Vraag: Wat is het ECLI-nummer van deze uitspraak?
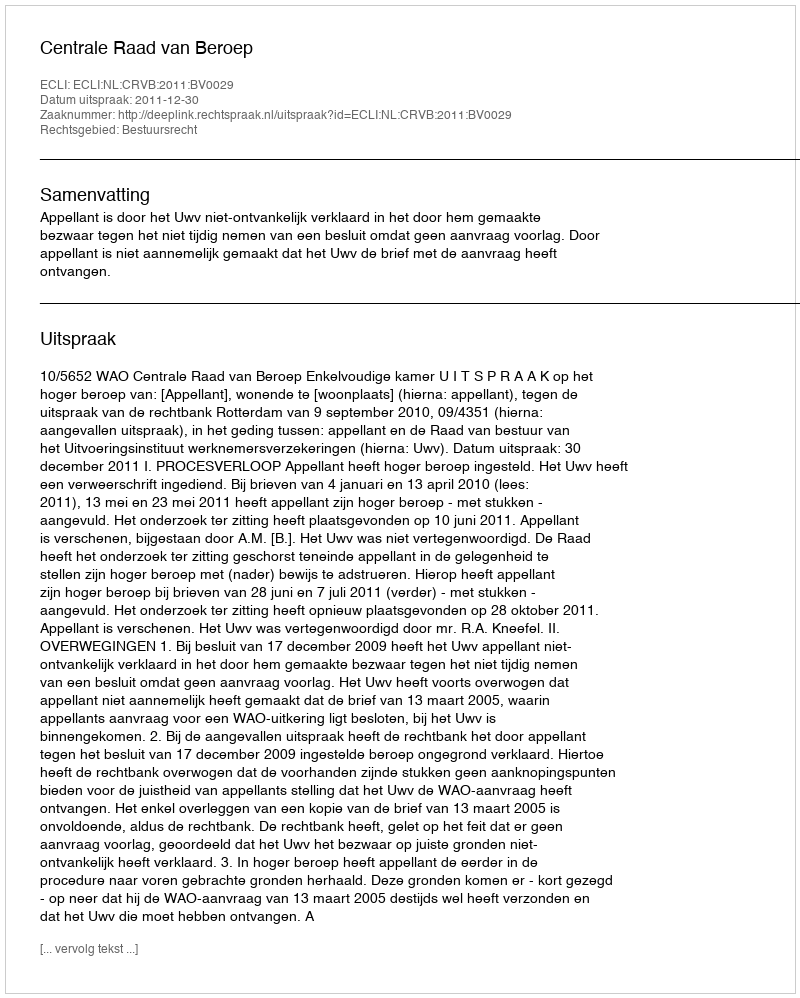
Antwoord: ECLI:NL:CRVB:2011:BV0029